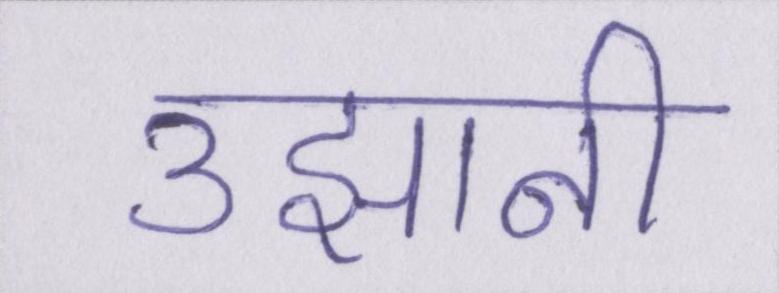
उझानी